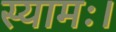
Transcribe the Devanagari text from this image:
स्यामः।